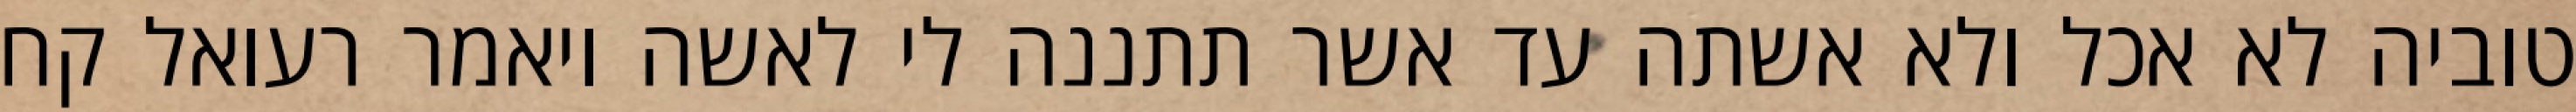
טוביה לא אכל ולא אשתה עד אשר תתננה לי לאשה ויאמר רעואל קח